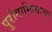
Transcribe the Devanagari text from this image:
पुरोगामित्वाचा